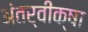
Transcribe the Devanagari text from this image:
अंतर्वीक्षा